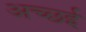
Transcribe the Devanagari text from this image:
अच्छई